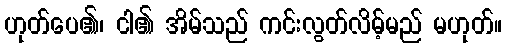
ဟုတ်ပေ၏၊ ငါ၏ အိမ်သည် ကင်းလွတ်လိမ့်မည် မဟုတ်။